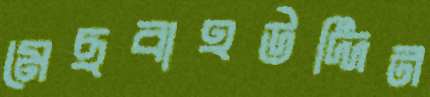
মেছবাহউদ্দিন